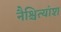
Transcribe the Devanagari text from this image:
नैश्चित्यांश